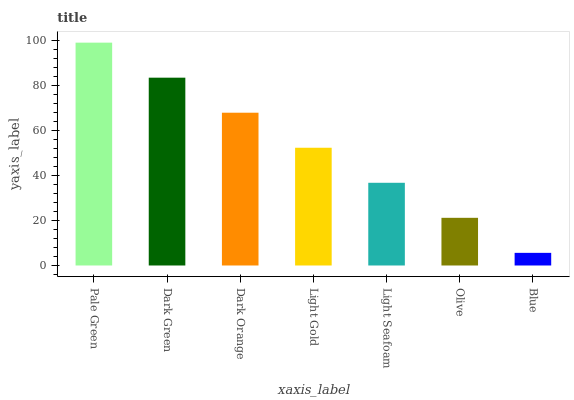
| xaxis_label | bars |
 | --- | --- |
 | Pale Green | 99 |
 | Dark Green | 83.4 |
 | Dark Orange | 67.9 |
 | Light Gold | 52.3 |
 | Light Seafoam | 36.7 |
 | Olive | 21.2 |
 | Blue | 5.62 |